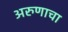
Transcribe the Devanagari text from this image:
अरुणाचा